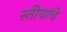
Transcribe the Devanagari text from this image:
स्तीयांचे